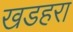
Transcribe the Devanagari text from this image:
खडहरा